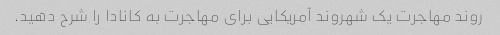
روند مهاجرت یک شهروند آمریکایی برای مهاجرت به کانادا را شرح دهید.